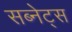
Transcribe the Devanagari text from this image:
सब्नेट्स